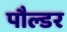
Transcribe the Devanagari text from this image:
पौल्डर